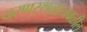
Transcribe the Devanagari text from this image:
धरणस्थळाजवळील